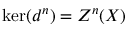
\ker ( d ^ { n } ) = Z ^ { n } ( X )